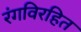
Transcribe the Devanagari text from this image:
रंगविरहित